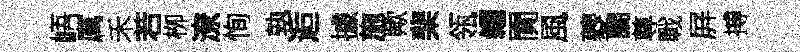
峿厲禾若栁潦恂孰逅據施歟棐瓴糴閴風夔闊尊戰屛搏